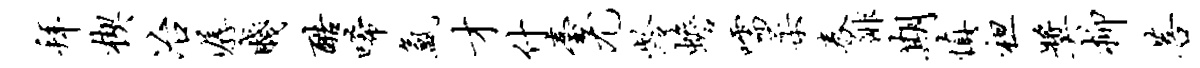
拜楔冶潺贱酷唏氲才什台尤龄蟾嚅柔舂徘期慎袒奖柳菩